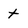
Character: t